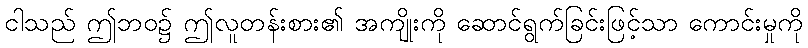
ငါသည် ဤဘဝ၌ ဤလူတန်းစား၏ အကျိုးကို ဆောင်ရွက်ခြင်းဖြင့်သာ ကောင်းမှုကို